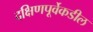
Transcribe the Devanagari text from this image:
दक्षिणपूर्वेकडील